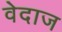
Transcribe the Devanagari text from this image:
वेदाज